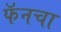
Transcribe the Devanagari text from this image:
फॅनचा